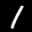
Label: 1